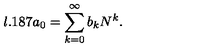
l . 1 8 7 a _ { 0 } = \sum _ { k = 0 } ^ { \infty } b _ { k } N ^ { k } .